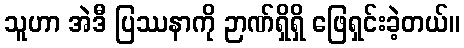
သူဟာ အဲဒီ ပြဿနာကို ဉာဏ်ရှိရှိ ဖြေရှင်းခဲ့တယ်။